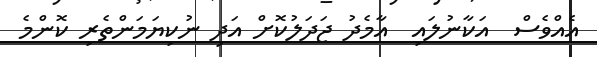
އެއްވެސް  އަކާނުލައި  އާމެދު ޖަދަލުކޮށް އަދި ނުކިޔަމަންތެރި ކޮންމެ